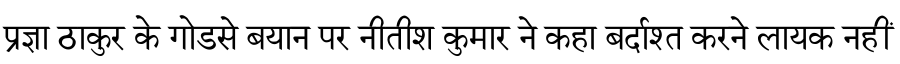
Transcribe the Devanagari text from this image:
प्रज्ञा ठाकुर के गोडसे बयान पर नीतीश कुमार ने कहा बर्दाश्त करने लायक नहीं